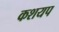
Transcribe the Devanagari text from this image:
कशयप